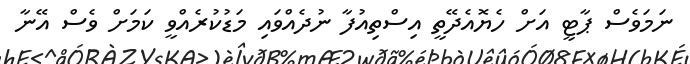
ނަމަވެސް ޕާޓީ އަށް ހެޔޮއެދޭތީ އިސްތިއުފާ ނުދެއްވައި މަޑުކުރެއްވީ ކަމަށް ވެސް އޭނާ